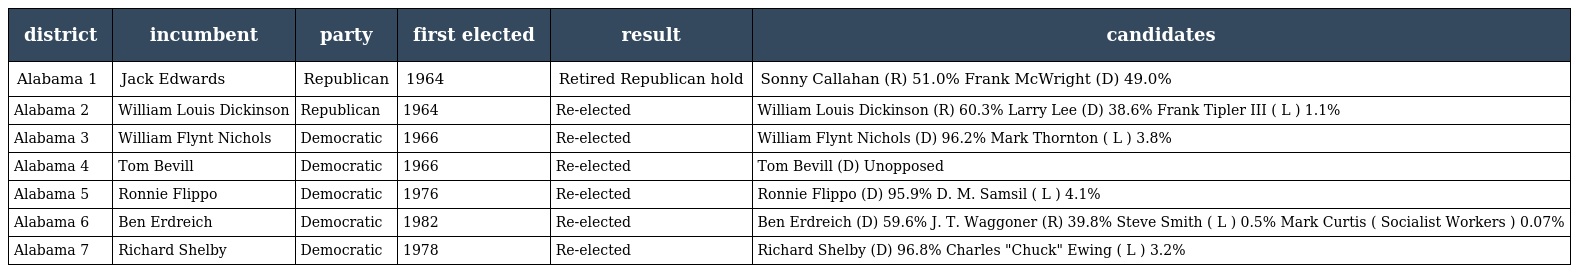
| district | incumbent | party | first elected | result | candidates |
 | --- | --- | --- | --- | --- | --- |
 | Alabama 1 | Jack Edwards | Republican | 1964 | Retired Republican hold | Sonny Callahan (R) 51.0% Frank McWright (D) 49.0% |
 | Alabama 2 | William Louis Dickinson | Republican | 1964 | Re-elected | William Louis Dickinson (R) 60.3% Larry Lee (D) 38.6% Frank Tipler III ( L ) 1.1% |
 | Alabama 3 | William Flynt Nichols | Democratic | 1966 | Re-elected | William Flynt Nichols (D) 96.2% Mark Thornton ( L ) 3.8% |
 | Alabama 4 | Tom Bevill | Democratic | 1966 | Re-elected | Tom Bevill (D) Unopposed |
 | Alabama 5 | Ronnie Flippo | Democratic | 1976 | Re-elected | Ronnie Flippo (D) 95.9% D. M. Samsil ( L ) 4.1% |
 | Alabama 6 | Ben Erdreich | Democratic | 1982 | Re-elected | Ben Erdreich (D) 59.6% J. T. Waggoner (R) 39.8% Steve Smith ( L ) 0.5% Mark Curtis ( Socialist Workers ) 0.07% |
 | Alabama 7 | Richard Shelby | Democratic | 1978 | Re-elected | Richard Shelby (D) 96.8% Charles "Chuck" Ewing ( L ) 3.2% |